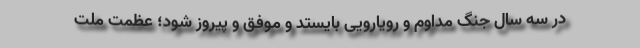
در سه سال جنگ مداوم و رویارویی بایستد و موفق و پیروز شود؛ عظمت ملت